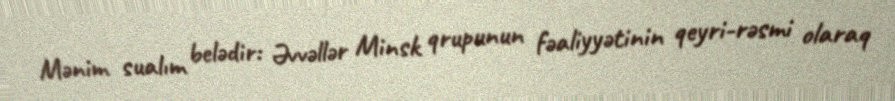
Mənim sualım belədir: Əvvəllər Minsk qrupunun fəaliyyətinin qeyri-rəsmi olaraq